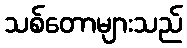
သစ်တောများသည်